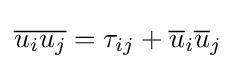
{\overline {u_{i}u_{j}}}=\tau _{ij}+{\overline {u}}_{i}{\overline {u}}_{j}